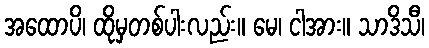
အထောပိ၊ ထိုမှတစ်ပါးလည်း။ မေ၊ ငါအား။ သာဒိသီ၊